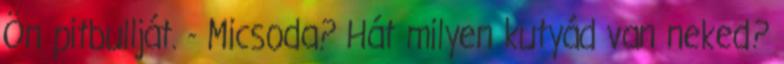
Ön pitbullját. - Micsoda? Hát milyen kutyád van neked?